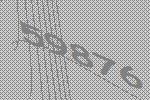
59876